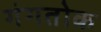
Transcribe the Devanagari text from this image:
गंगतोक